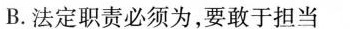
B.法定职责必须为，要敢于担当